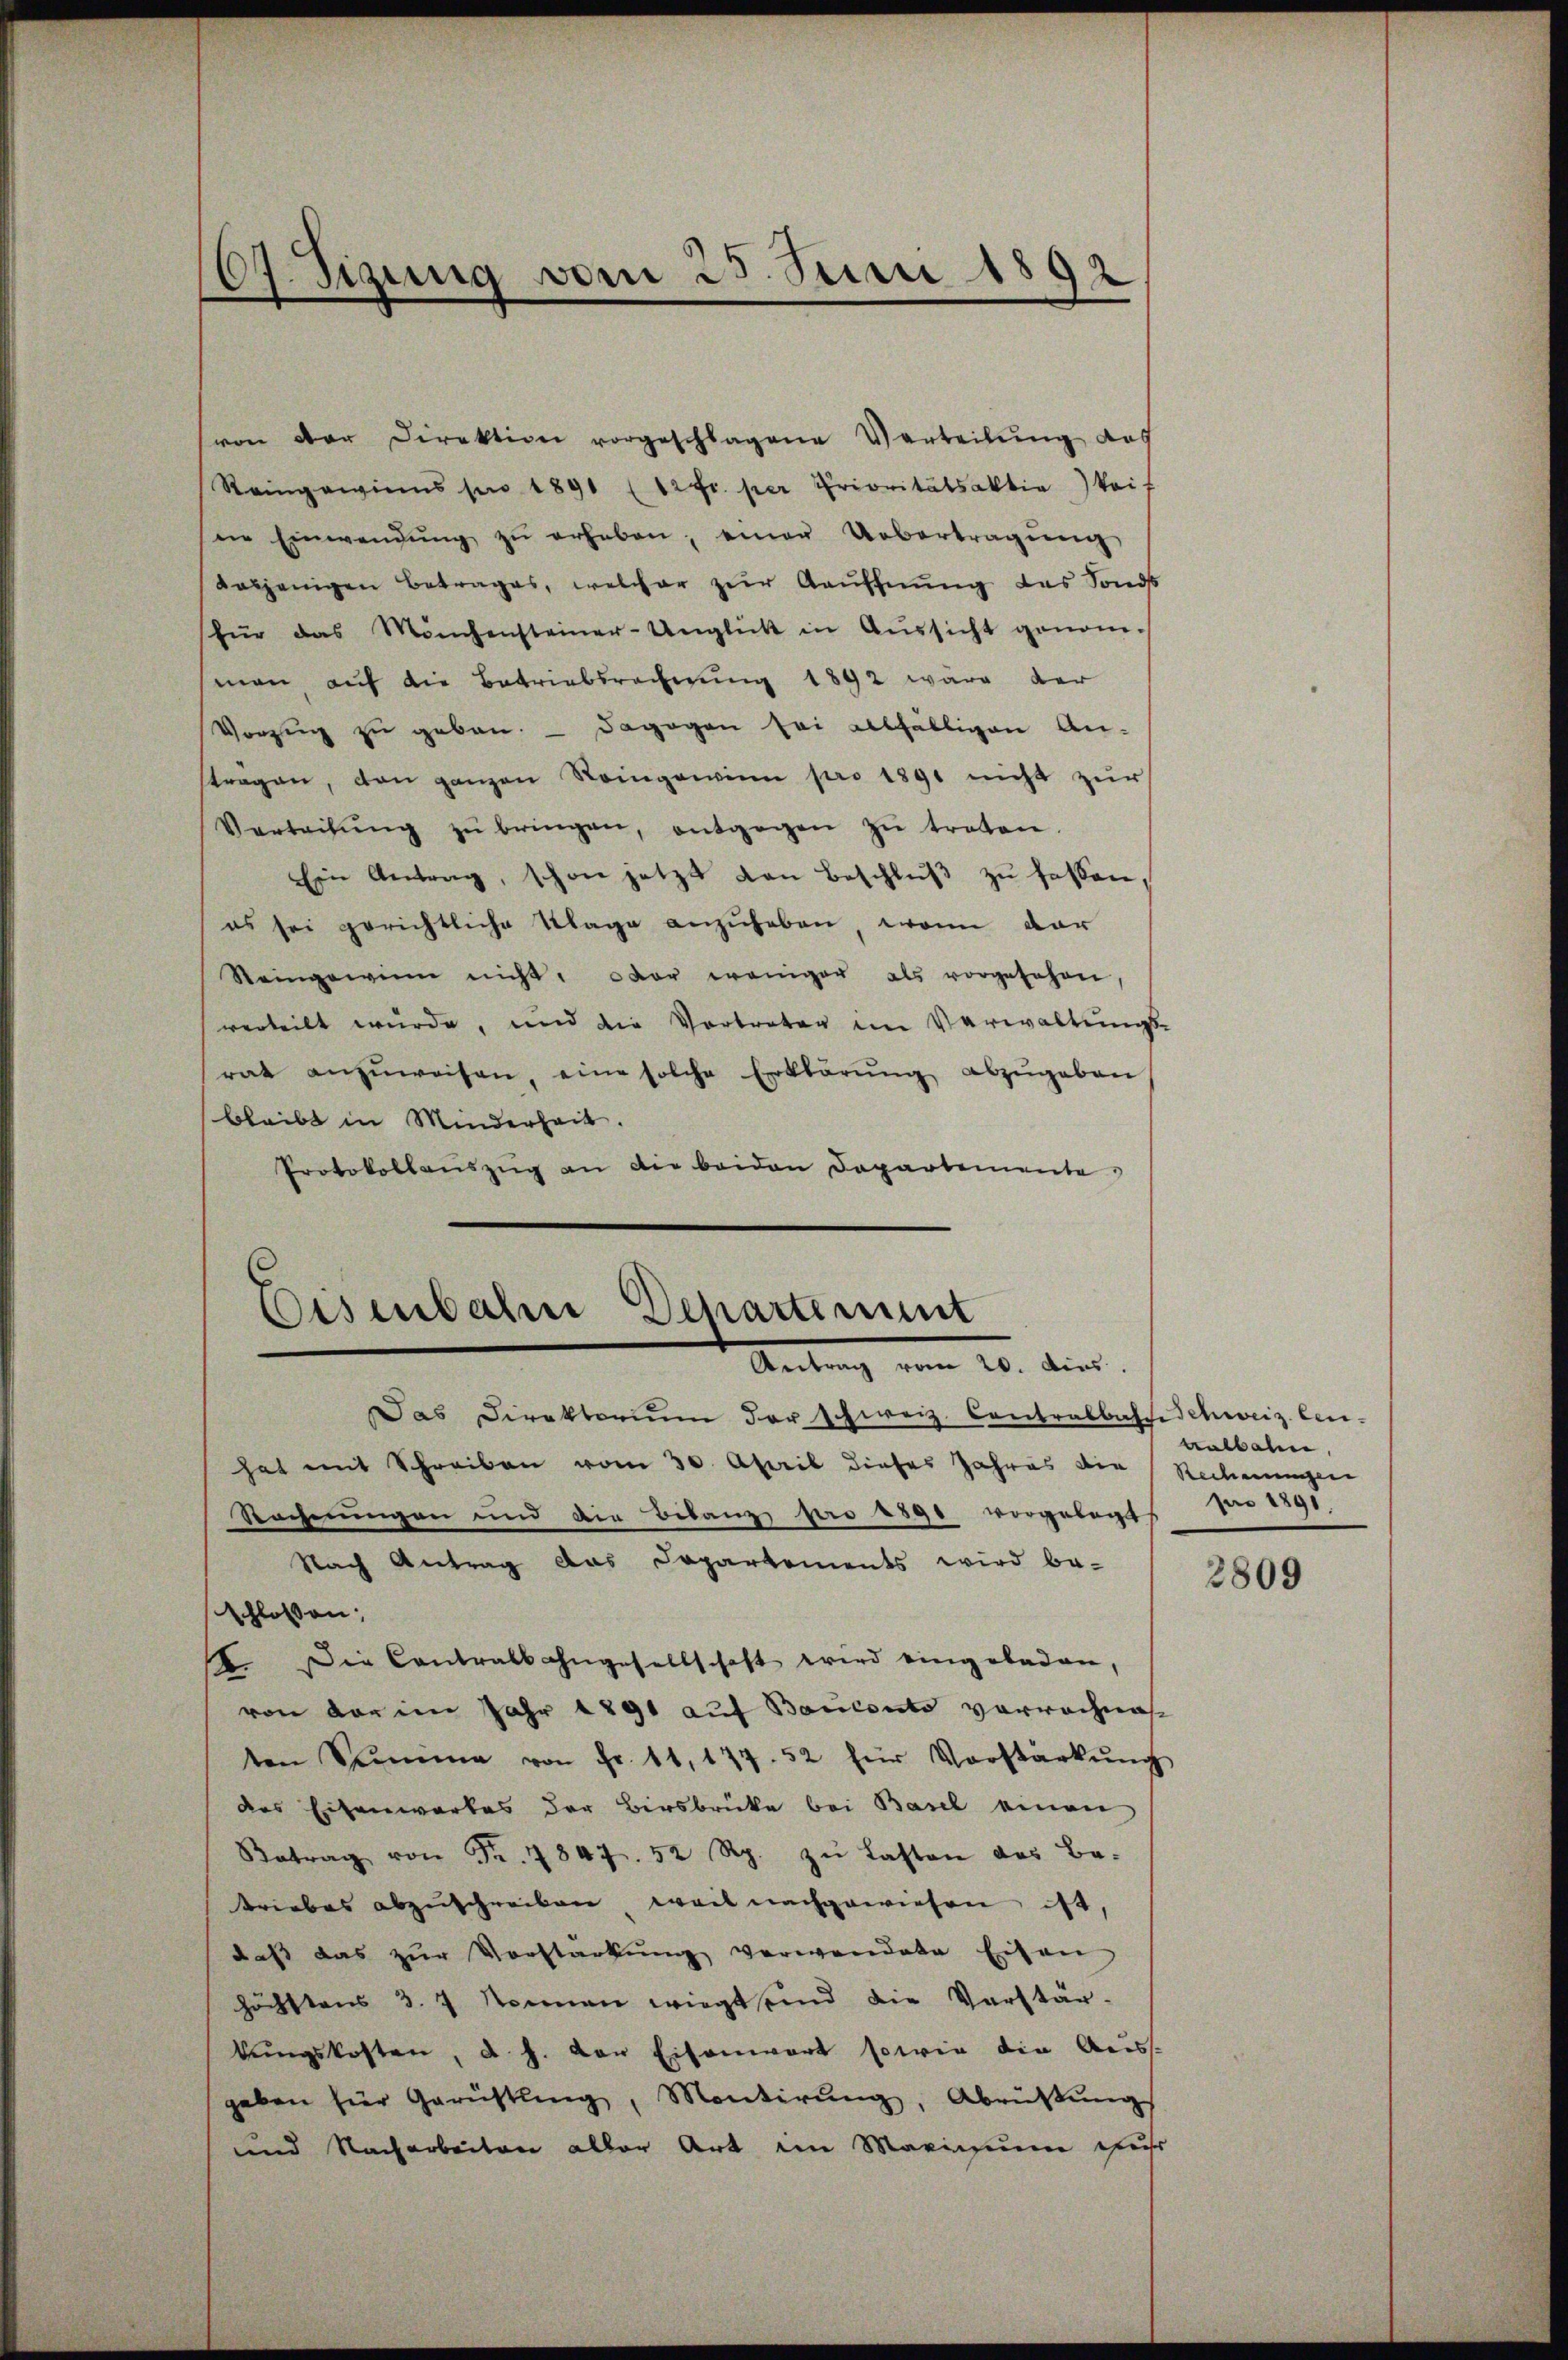
von der Direktion vorgeschlagene Verteilŭng des
Reingewinns pro 1891 (12fr. per Prioritätsaktia) kei
ne Einwendŭng zŭ erheben, einer Uebertragŭng
dasjenigen Betrages, welcher zur Aauffnung des Sond
für das Mönchensteiner-Unglück in Aŭssicht genom-
man auf die Betriebsrechnung 1892 wäre der
Vorzug zu geben. — Dagegen sei allfälligen An-
trägen, den ganzen Reingewinn pro 1891 nicht zur
Vertretŭng zŭ bringen, entgegen zŭ treten.
Ein Antrag, schon jetzt von Beschlŭβ zŭ fassen,
es sei gerichtliche Klage anzuheben, wenn dar
Steingewinn nicht, oder weniger als vorgesehen,
verteilt wurde, und die Vortreten im Verwaltungs-
rat anzŭweisen, eine solche Erklärŭng abzŭgeben
bleibt in Minderheit.
Protokollaŭszŭg an die beiden Departemente

67 Sizung vom 25. Juni 1892

Eisenbahn Departement
Antrag von
6. dies.

Das Direktoriŭm der schweiz. Contrabbasche Schweiz. Cenhat mit Schreiben vom 30. April dieses Jahres die Rechnungen
Rechnungen und die Belang pro 1890 vorgelegt
Nach Antrag das Departements wird be-
schlossen,
2. Die Contralbahngesellschaft wird eingeladen,
von der im Jahr 1891 auf Bauconto verwachnahten Summe von Fr. 11, 177. 52 für Vorstärkŭng
das Eisenwartes der Birsbrücke bei Basel einen
Betrag von Fr. 7847. 52 Rp. zŭ lasten das Ba-
triebes abzuschreiben, weil nachgewiesen ist,
dass das zŭr Vorstärkŭng verwendete Eisen
höchstens 3. 7. Nonnen wiegt sind die Vorstär-
bŭngskosten, d. h. der Eisenwart sowie die Aus-
geben für Gerüstling, Montirŭng, Abrüstŭng
und Nacharbeiten aller Art im Marisium ehest

talbahn,
pro 1891.

2809